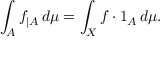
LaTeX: \int _ { A } f _ { | A } \, d \mu = \int _ { X } f \cdot 1 _ { A } \, d \mu .